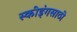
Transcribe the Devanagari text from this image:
स्कीइंगसाठी